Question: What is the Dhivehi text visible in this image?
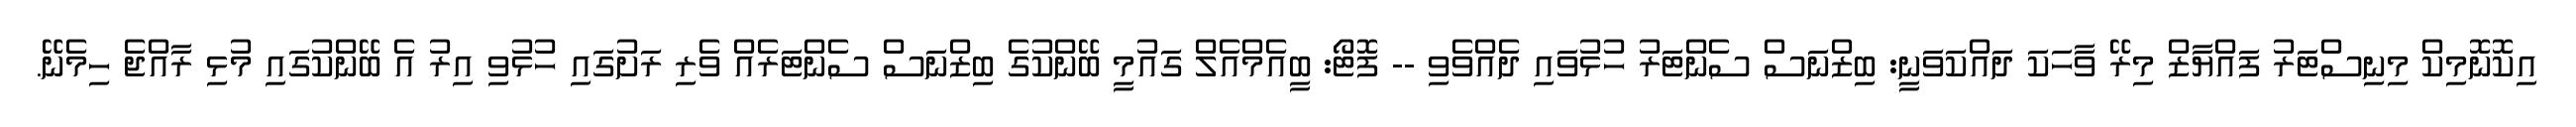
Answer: އިކޮނޮމިކް މިނިސްޓަރު ފައްޔާޒް މިރޭ ވާހަކަ ދައްކަވަނީ: ބިޒްނަސް ސެންޓަރު ހުޅުވައި ދެއްވެވި -- ފޮޓޯ: ބީއެމްއެލް ގައުމީ ބޭންކުގެ ބިޒްނަސް ސެންޓަރެއް ވެރި ރަށުގައި ހުޅުވި އިރު އެ ބޭންކުގައި މުޅި ރާއްޖެ ހިމެނޭ.